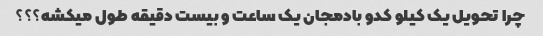
چرا تحویل یک کیلو کدو بادمجان یک ساعت و بیست دقیقه طول میکشه؟؟؟